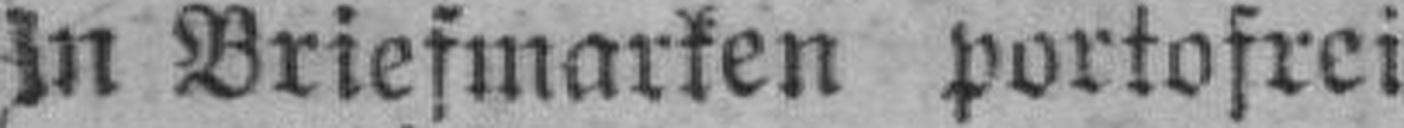
in Briefmarken portofrei